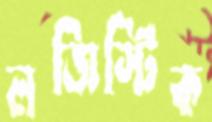
লজিস্টিক